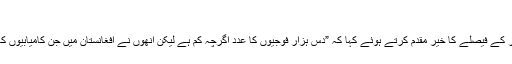
“
جماعت اسلامی کے سینیٹر پروفیسر ابراھیم نے بھی امریکی صدر کے فیصلے کا خیر مقدم کرتے ہوئے کہا کہ ”دس ہزار فوجیوں کا عدد اگرچہ کم ہے لیکن اُنھوں نے افغانستان میں جن کامیابیوں کا ذکر کیا ہے ممکن ہے کہ وہ انخلاء کے اس عمل کو تیز کر دیں۔